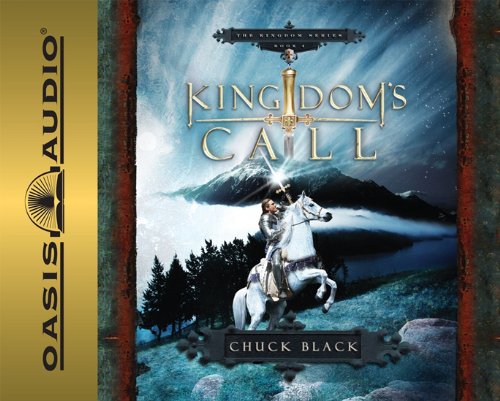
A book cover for Kingdom's Call (Kingdom Series, Book 4); Chuck Black; Teen & Young Adult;